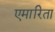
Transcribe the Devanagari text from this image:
एमारिता